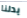
يدلنا